system: You are a helpful assistant.
user:
Analyze the provided spectrum to determine if it is a **"Cataclysmic Variables (CV)"**.

- **Key Indicators for CV (Check for either state):**
    - **State 1: Quiescent / Low-State (Emission-Dominated)**
        - **(Primary):** Strong and *very broad* Hydrogen Balmer emission lines (e.g., $H\alpha$ at 6563 Å, $H\beta$ at 4861 Å). The 'broadness' (high velocity dispersion, often FWHM > 1000 km/s) is the key diagnostic, indicating a high-velocity accretion disk.
        - **(Secondary):** Broad neutral Helium (He I) emission lines (e.g., 5876 Å, 6678 Å).
        - **(Key Confirmation):** Presence of high-excitation *ionized* Helium (He II) emission at 4686 Å. This is a strong indicator of accretion onto a white dwarf.
        - **(Line Profile):** Emission lines may exhibit a 'double-peaked' profile, which is a classic signature of a rotating accretion disk viewed at high inclination.

    - **State 2: Outburst / High-State (Absorption-Dominated)**
        - **(Primary):** Spectrum is dominated by a bright, blue continuum (looks like a hot star).
        - **(Secondary):** The emission lines from State 1 are weak, absent, or 'filled in', and are replaced by broad, shallow *absorption* lines (primarily Balmer and He I).
        - **(Morphology):** The overall spectrum mimics a hot B/A-type star. The crucial difference is that the absorption lines are significantly broader, shallower, and more 'washed-out' (or 'smeared') than the sharp lines of a normal stellar photosphere, due to high rotational speeds and pressure broadening in the disk.

Think first, call **spectral_visualization_tool** if needed to examine features in detail, then provide your final answer. Your response must adhere to the following strict rules:
1.  **Overall Structure:** Your response must follow the format `<think>...</think> <tool_call>...</tool_call> (if a tool is used) <answer>...</answer>`.
2.  **Tool Usage Constraint:** You may only make **one** tool call per turn.
3.  **Final Answer Format:** In the `<answer>` tag, your conclusion must be inside a `\boxed{}` command (e.g., `\boxed{YES}`), followed by your justification.

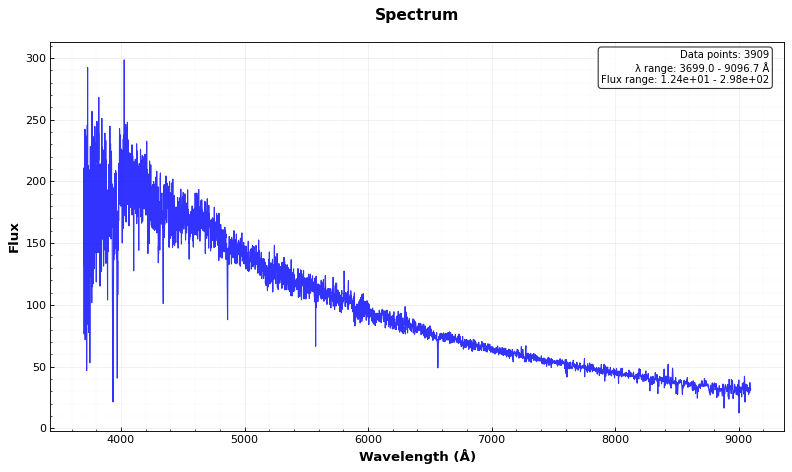
Answer: NO